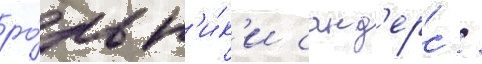
ро́ль н'и́к'и санд'ерс /